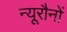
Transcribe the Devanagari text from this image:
न्यूरौनों